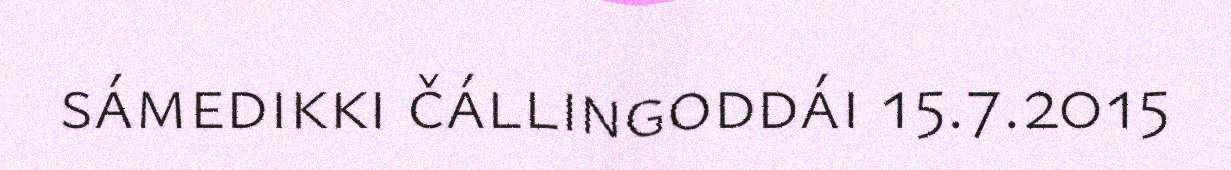
sámedikki čállingoddái 15.7.2015